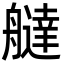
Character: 𦪭